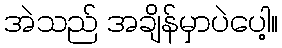
အဲသည် အချိန်မှာပဲပေါ့။